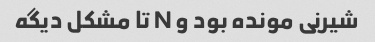
شیرنی مونده بود و N تا مشکل دیگه